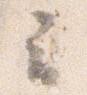
云